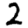
Digit: 2